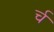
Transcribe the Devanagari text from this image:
र्च